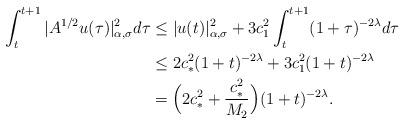
LaTeX: \begin{align*}\int_t^{t+1} |A^{1/2}u(\tau)|_{\alpha,\sigma}^2d\tau& \le | u(t)|_{\alpha,\sigma}^2+3c_1^2\int_t^{t+1}(1+\tau)^{-2\lambda}d\tau\\&\le 2c_*^2 (1+t)^{-2\lambda }+3c_1^2(1+t)^{-2\lambda }\\&= \Big(2 c_*^2 +\frac{c_*^2}{ M_2}\Big)(1+t)^{-2\lambda}.\end{align*}